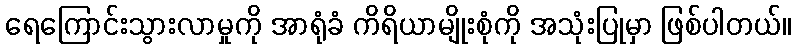
ရေကြောင်းသွားလာမှုကို အာရုံခံ ကိရိယာမျိုးစုံကို အသုံးပြုမှာ ဖြစ်ပါတယ်။